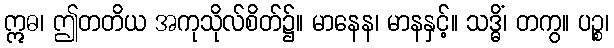
ဣဓ၊ ဤတတိယ အကုသိုလ်စိတ်၌။ မာနေန၊ မာနနှင့်။ သဒ္ဓိံ၊ တကွ။ ပဉ္စ၊